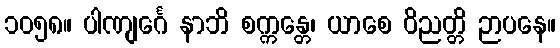
၁၀၅၈။ ပါဏျင်္ဂေ နာဘိ စက္ကန္တေ၊ ယာစေ ဝိညတ္တိ ဉာပနေ။